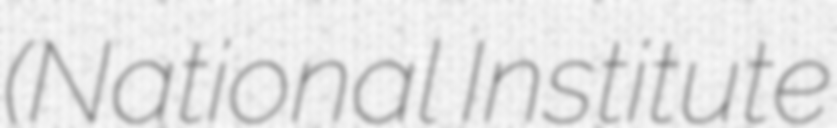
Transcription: (National Institute